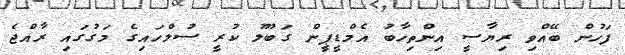
ފަހުން ބޭއްވި ރިޔާސީ އިންތިހާބު އެމްޑީޕީން ގަބޫލު ކުރީ ސުލްހައިގެ މަގުގައި ރާއްޖެ